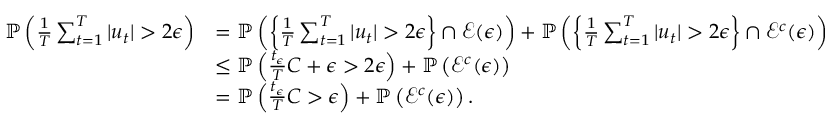
\begin{array} { r l } { \mathbb { P } \left( \frac { 1 } { T } \sum _ { t = 1 } ^ { T } | u _ { t } | > 2 \epsilon \right) } & { = \mathbb { P } \left( \left\{ \frac { 1 } { T } \sum _ { t = 1 } ^ { T } | u _ { t } | > 2 \epsilon \right\} \cap \mathcal { E } ( \epsilon ) \right) + \mathbb { P } \left( \left\{ \frac { 1 } { T } \sum _ { t = 1 } ^ { T } | u _ { t } | > 2 \epsilon \right\} \cap \mathcal { E } ^ { c } ( \epsilon ) \right) } \\ & { \leq \mathbb { P } \left( \frac { t _ { \epsilon } } { T } C + \epsilon > 2 \epsilon \right) + \mathbb { P } \left( \mathcal { E } ^ { c } ( \epsilon ) \right) } \\ & { = \mathbb { P } \left( \frac { t _ { \epsilon } } { T } C > \epsilon \right) + \mathbb { P } \left( \mathcal { E } ^ { c } ( \epsilon ) \right) . } \end{array}